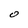
Character: O